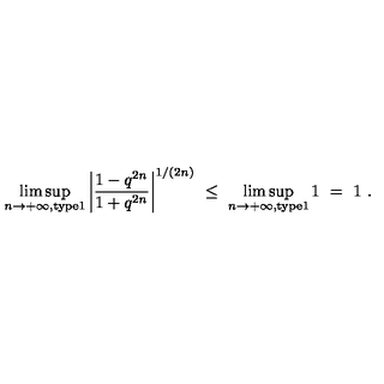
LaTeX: \limsup _ { n \to + \infty , \mathrm { t y p e 1 } } \left| \frac { 1 - q ^ { 2 n } } { 1 + q ^ { 2 n } } \right| ^ { 1 / ( 2 n ) } \ \le \ \limsup _ { n \to + \infty , \mathrm { t y p e 1 } } 1 \ = \ 1 \ .